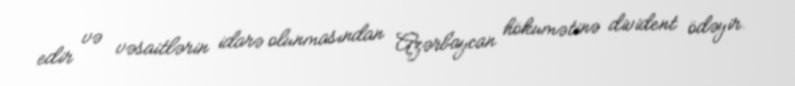
edir və vəsaitlərin idarə olunmasından Azərbaycan hökumətinə divident ödəyir.